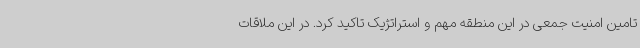
تامین امنیت جمعی در این منطقه مهم و استراتژیک تاکید کرد. در این ملاقات